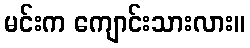
မင်းက ကျောင်းသားလား။